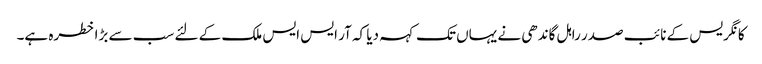
کانگریس کے نائب صدر راہل گاندھی نے یہاں تک کہہ دیا کہ آر ایس ایس ملک کے لئے سب سے بڑا خطرہ ہے۔